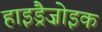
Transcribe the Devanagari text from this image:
हाइड्रैज़ोइक